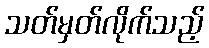
သတ်မှတ်လိုက်သည့်